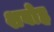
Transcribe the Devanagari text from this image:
शबोह